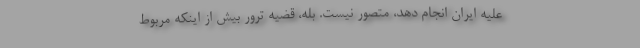
علیه ایران انجام دهد، متصور نیست. ‌بله، قضیه ترور بیش از اینکه مربوط